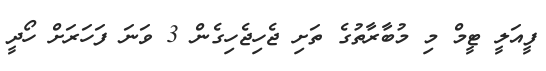
ފީއަލީ ޓީމް މި މުބާރާތުގެ ތަށި ޖެހިޖެހިގެން 3 ވަނަ ފަހަރަށް ހޯދީ